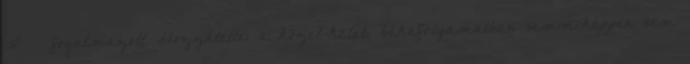
is” ‒ fogalmazott. Hozzátette: a közel-keleti békefolyamatban semmiképpen sem